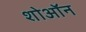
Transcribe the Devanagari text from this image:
शोऑन